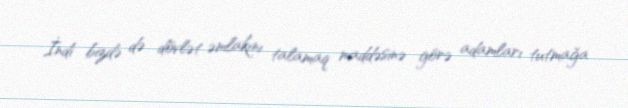
İndi bizdə də dövlət əmlakını talamaq maddəsinə görə adamları tutmağa